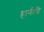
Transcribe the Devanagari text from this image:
हार्नली